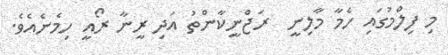
މި ފިލްމުގައި ހެމާ މާލިނީ  ރަޖްނީކާންތު އަދި ރީނާ ރޯއީ ހިމެނެއެވެ.